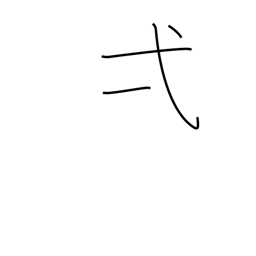
Meaning: one